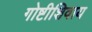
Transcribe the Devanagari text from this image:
गोष्टीशिवाय